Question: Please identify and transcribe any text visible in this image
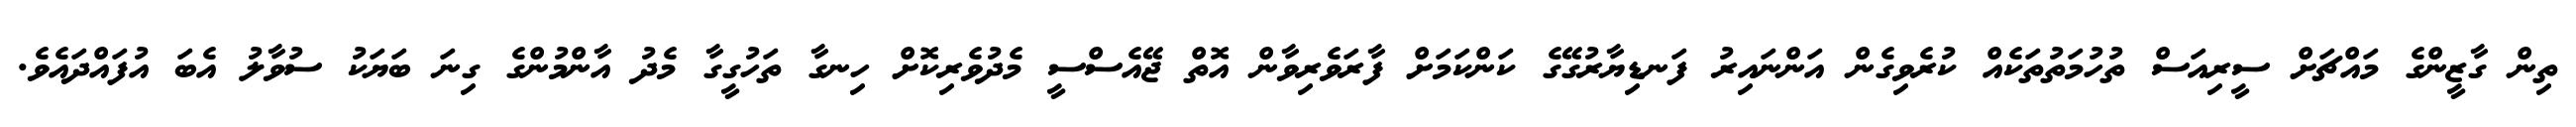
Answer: ތިން ގާޒީންގެ މައްޗަށް ސީރިއަސް ތުހުމަތުތަކެއް ކުރެވިގެން އަންނައިރު ފަނޑިޔާރުގޭގެ ކަންކަމަށް ފާރަވެރިވާން އޮތް ޖޭއެސްސީ މެދުވެރިކޮށް ހިނގާ ތަހުގީގާ މެދު އާންމުންގެ ގިނަ ބަޔަކު ސުވާލު އެބަ އުފައްދައެވެ.